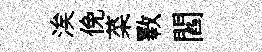
涘俛菜斁閻